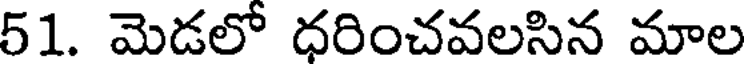
51. మెడలో ధరించవలసిన మాల